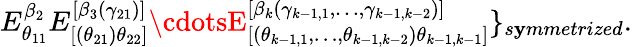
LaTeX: E_{\theta_{11}}^{\beta_{2}}E_{[(\theta_{21})\theta_{22}]}^{[\beta_{3}(\gamma_{21})]}\cdotsE_{[(\theta_{k-1,1},\ldots,\theta_{k-1,k-2})\theta_{k-1,k-1}]}^{[\beta_{k}(\gamma_{k-1,1},\ldots,\gamma_{k-1,k-2})]}\} _{s\mathbf{y}mmetrized}.